Annual report of the Punjab Veterinary College and of the Civil Veterinary Department, Punjab - 1926-1932
Year: 1926
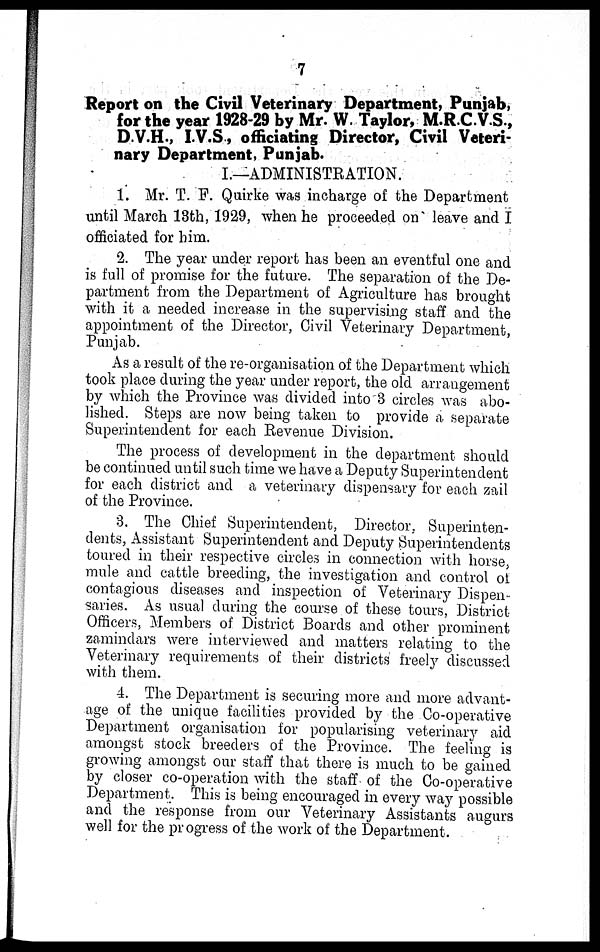
7
Report on the Civil Veterinary Department, Punjab,
for the year 1928-29 by Mr. W. Taylor, M.R.C.V.S.,
D.V.H., I.V.S., officiating Director, Civil Veteri-
nary Department, Punjab.
I.—ADMINISTRATION:
1. Mr. T. F. Quirke was incharge of the Department
until March 13th, 1929, when he proceeded on leave and I
officiated for him.
2. The year under report has been an eventful one and
is full of promise for the future. The separation of the De-
partment from the Department of Agriculture has brought
with it a needed increase in the supervising staff and the
appointment of the Director, Civil Veterinary Department,
Punjab.
As a result of the re-organisation of the Department which
took place during the year under report, the old arrangement
by which the Province was divided into 3 circles was abo-
lished. Steps are now being taken to provide a separate
Superintendent for each Revenue Division.
The process of development in the department should
be continued until such time we have a Deputy Superintendent
for each district and a veterinary dispensary for each zail
of the Province.
3. The Chief Superintendent. Director, Superinten-
dents, Assistant Superintendent and Deputy Superintendents
toured in their respective circles in connection with horse,
mule and cattle breeding, the investigation and control of
contagious diseases and inspection of Veterinary Dispen-
saries. As usual during the course of these tours, District
Officers, Members of District Boards and other prominent
zamindars were interviewed and matters relating to the
Veterinary requirements of their districts freely discussed
with them.
4. The Department is securing more and more advant-
age of the unique facilities provided by the Co-operative
Department organisation for popularising veterinary aid
amongst stock breeders of the Province. The feeling is
growing amongst our staff that there is much to be gained
by closer co-operation with the staff of the Co-operative
Department. This is being encouraged in every way possible
and the response from our Veterinary Assistants augurs
well for the progress of the work of the Department.